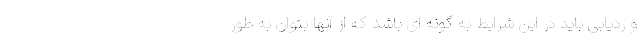
و ردیابی باید در این شرایط به گونه ای باشد که از آنها بتوان به طور